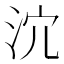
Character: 𣲽